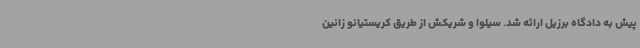
پیش به دادگاه برزیل ارائه شد. سیلوا و شریکش از طریق کریستیانو زانین